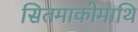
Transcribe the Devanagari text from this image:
सितमाकोमाथि